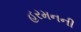
હરમનની